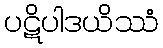
ပဋိပါဒယိဿံ